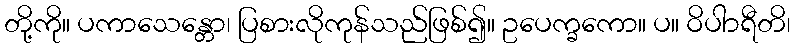
တို့ကို။ ပကာသေန္တော၊ ပြစားလိုကုန်သည်ဖြစ်၍။ ဥပေက္ခကော။ ပ။ ဝိပါာရီတိ၊